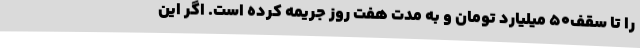
را تا سقف۵۰ میلیارد تومان و به مدت هفت روز جریمه کرده است. اگر این